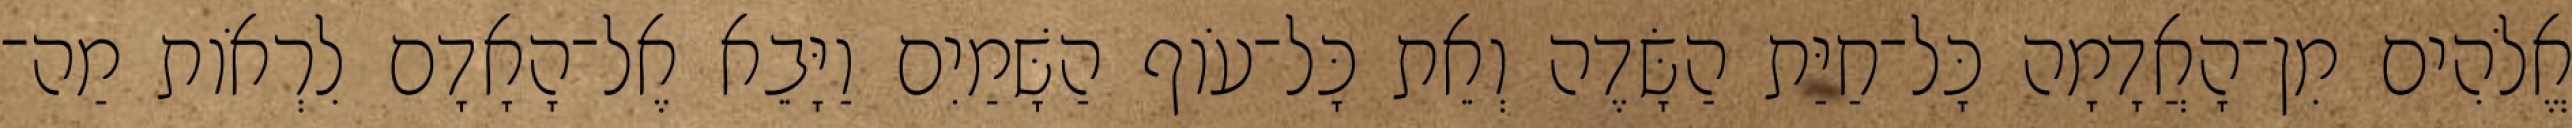
אֱלֹהִים מִן־הָאֲדָמָה כָּל־חַיַּת הַשָּׂדֶה וְאֵת כָּל־עֹוף הַשָּׁמַיִם וַיָּבֵא אֶל־הָאָדָם לִרְאֹות מַה־